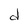
Character: d